Scientific memoirs by medical officers of the Army of India - Part VIII,
Year: 1894
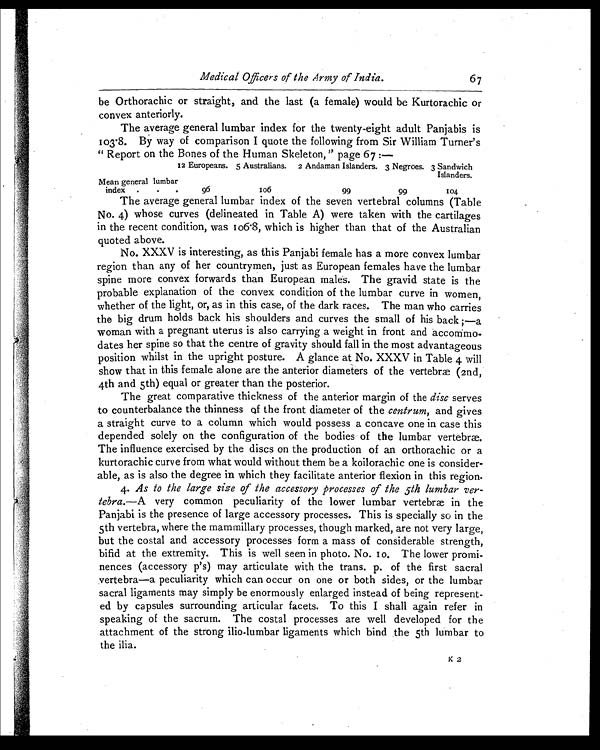
Medical Officers of the Army of India.
67
be Orthorachic or straight, and the last (a female) would be Kurtorachic or
convex anteriorly.
The average general lumbar index for the twenty-eight adult Panjabis is
103.8. By way of comparison I quote the following from Sir William Turner's
" Report on the Bones of the Human Skeleton," page 67 :—
12 Europeans. 5 Australians. 2 Andaman Islanders. 3 Negroes. 3 Sandwich
Islanders.
Mean general lumbar
index .
. .
96
106
99
9 9
104
The average general lumbar index of the seven vertebral columns (Table
No. 4) whose curves (delineated in Table A) were taken with the cartilages
in the recent condition, was 106.8, which is higher than that of the Australian
quoted above.
No. XXXV is interesting, as this Panjabi female has a more convex lumbar
region than any of her countrymen, just as European females have the lumbar
spine more convex forwards than European males. The gravid state is the
probable explanation of the convex condition of the lumbar curve in women,
whether of the light, or, as in this case, of the dark races. The man who carries
the big drum holds back his shoulders and curves the small of his back ;—a
woman with a pregnant uterus is also carrying a weight in front and accommo-
dates her spine so that the centre of gravity should fall in the most advantageous
position whilst in the upright posture. A glance at No. XXXV in Table 4 will
show that in this female alone are the anterior diameters of the vertebræ (2nd,
4th and 5th) equal or greater than the posterior.
The great comparative thickness of the anterior margin of the disc serves
to counterbalance the thinness of the front diameter of the centrum, and gives
a straight curve to a column which would possess a concave one in case this
depended solely on the configuration of the bodies of the lumbar vertebræ.
The influence exercised by the discs on the production of an orthorachic or a
kurtorachic curve from what would without them be a koilorachic one is consider-
able, as is also the degree in which they facilitate anterior flexion in this region.
4. As to the large size of the accessory processes of the 5th lumbar ver-
tebra. —A very common peculiarity of the lower lumbar vertebræ in the
Panjabi is the presence of large accessory processes. This is specially so in the
5th vertebra, where the mammillary processes, though marked, are not very large,
but the costal and accessory processes form a mass of considerable strength,
bifid at the extremity. This is well seen in photo. No. 10. The lower promi-
nences (accessory p's) may articulate with the trans. p. of the first sacral
vertebra—a peculiarity which can occur on one or both sides, or the lumbar
sacral ligaments may simply be enormously enlarged instead of being represent-
ed by capsules surrounding articular facets. To this I shall again refer in
speaking of the sacrum. The costal processes are well developed for the
attachment of the strong ilio-lumbar ligaments which bind the 5th lumbar to
the ilia.
K 2